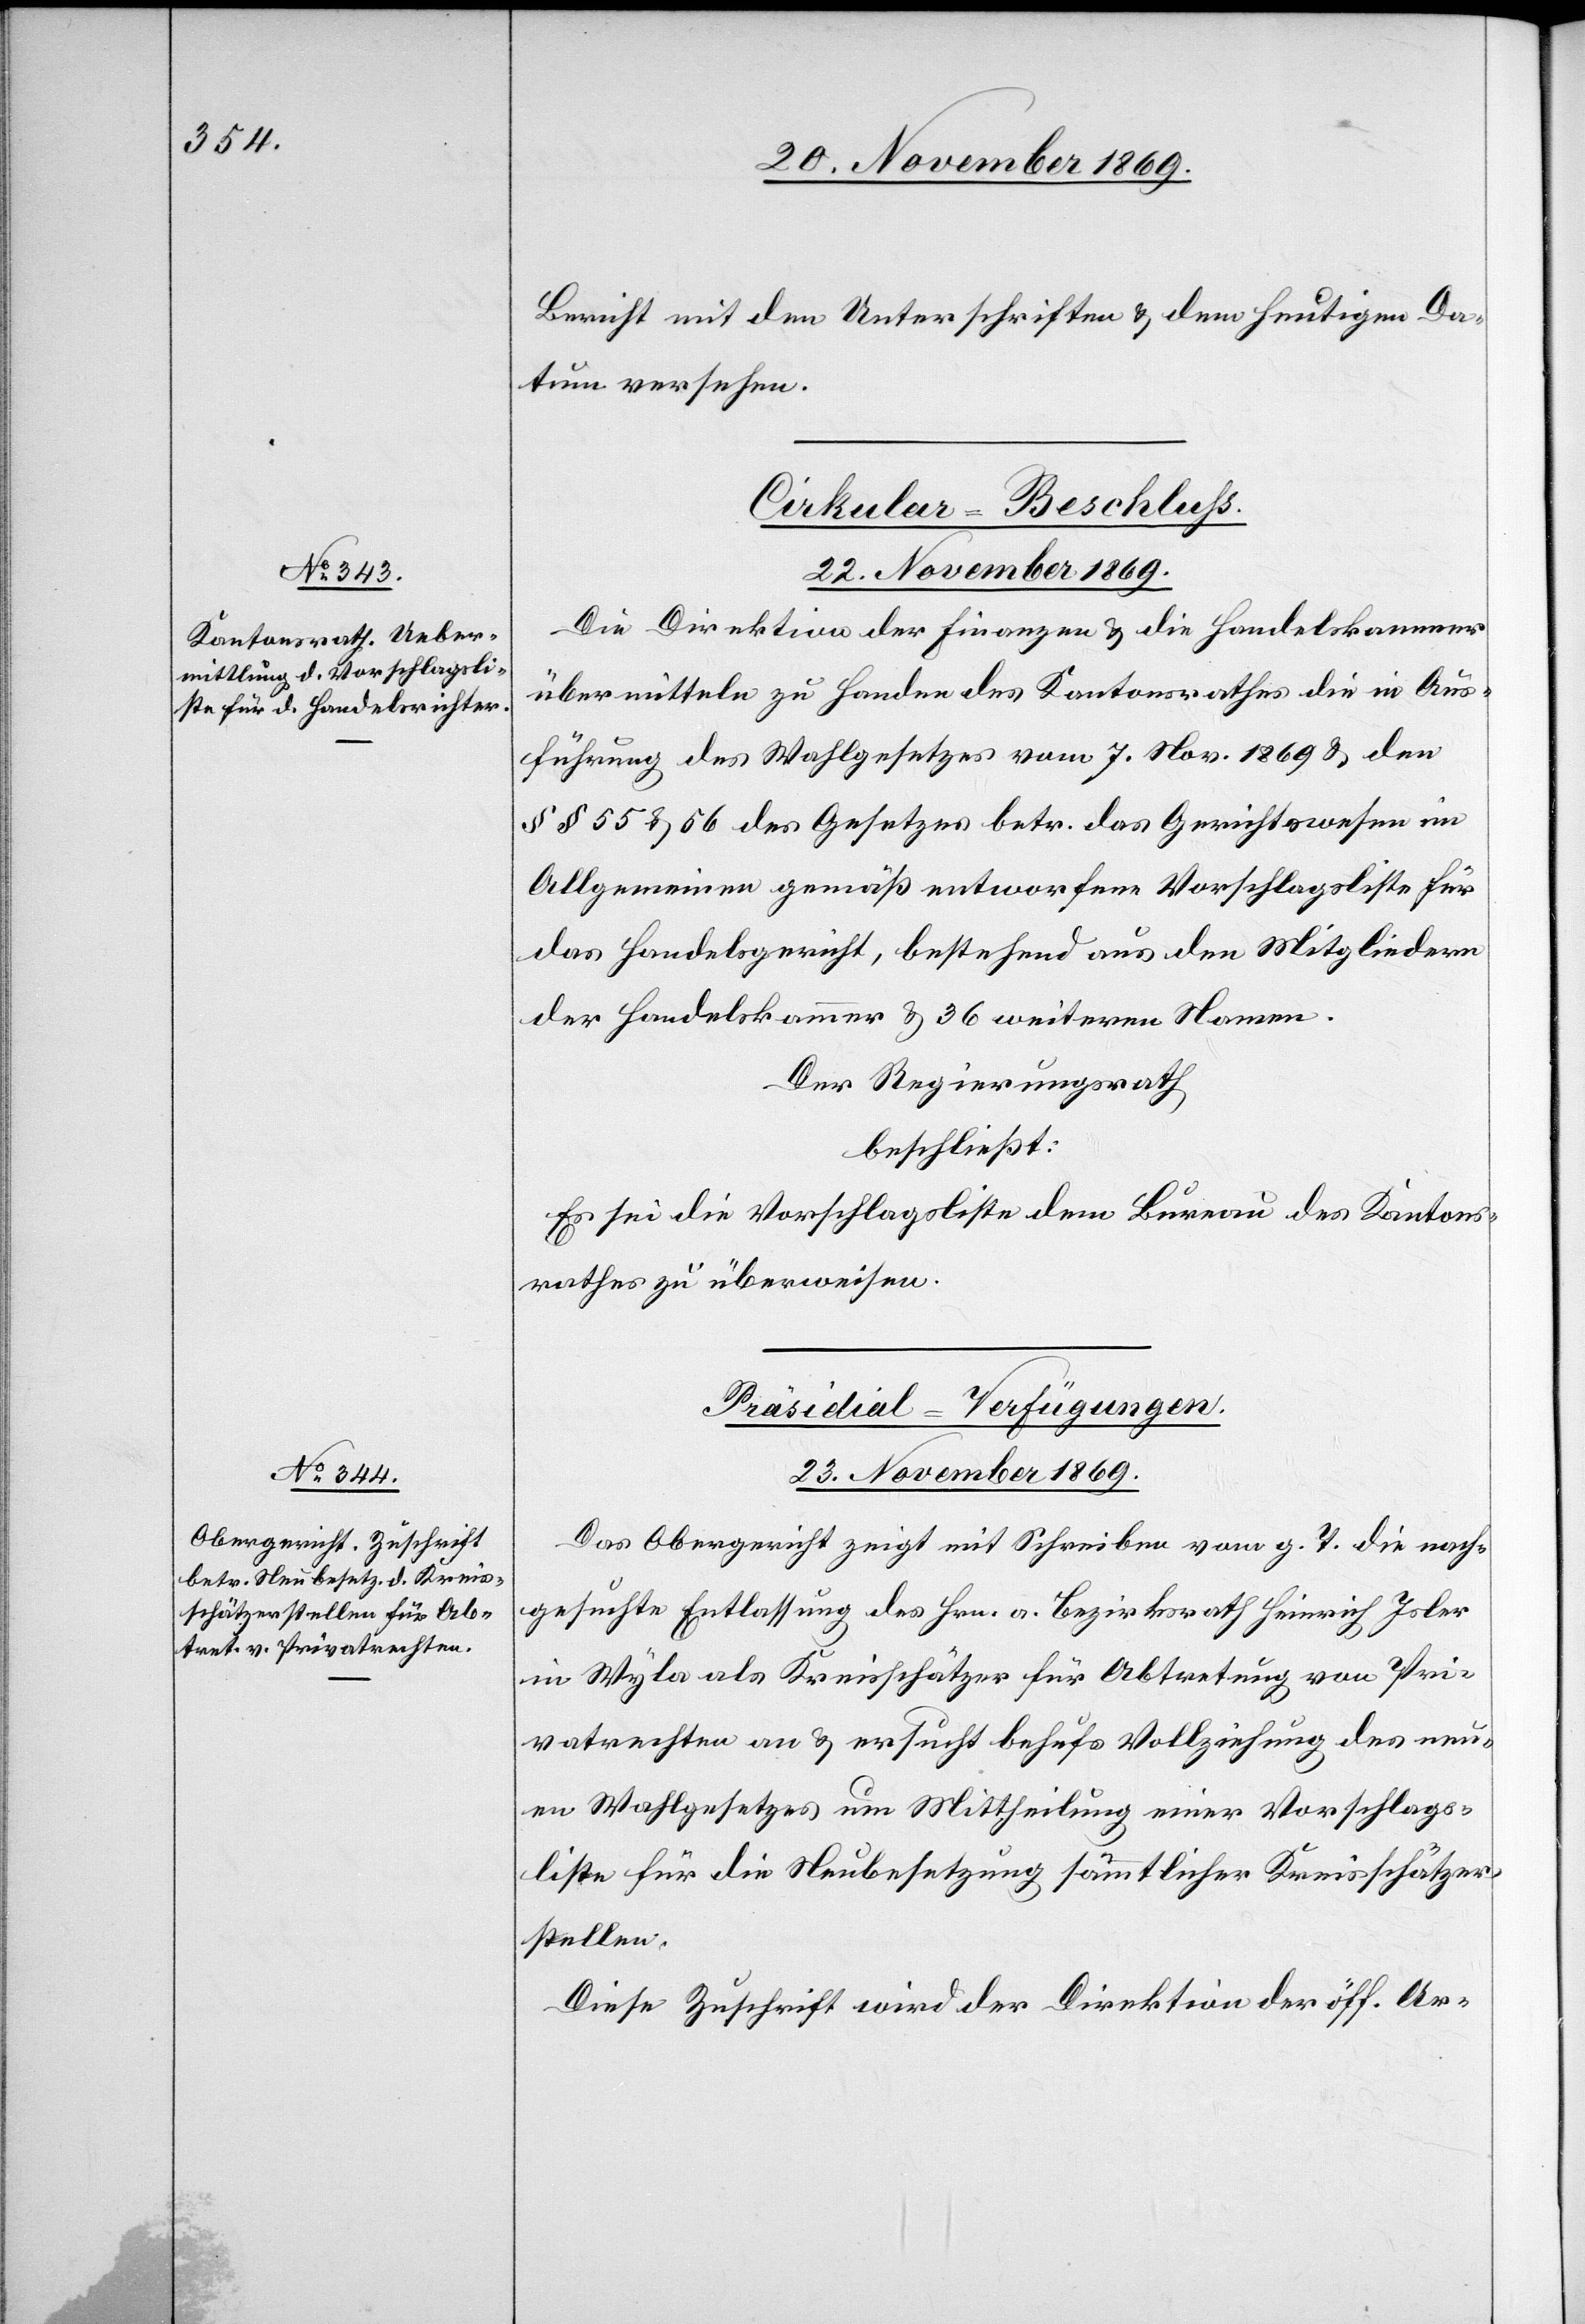
Bericht mit den Unterschriften & dem heutigen Da¬
tum versehen.
Cirkular-Beschluss.
23. November 1869.
Die Direktion der Finanzen & die Handelskammer
übermitteln zu Handen des Kantonsrathes die in Aus¬
führung des Wahlgesetzes vom 7. Nov. 1869 & den
§§ 55 & 56 des Gesetzes betr. das Gerichtswesen im
Allgemeinen gemäß entworfene Vorschlagsliste für
das Handelsgericht, bestehend aus den Mitgliedern
der Handelskammer & 36 weiteren Namen.
Der Regierungsrath
beschließt:
Es sei die Vorschlagsliste dem Bureau des Kantons¬
rathes zu überweisen.
Präsidial-Verfügungen.
Das Obergericht zeigt mit Schreiben vom g. T. die nach¬
gesuchte Entlassung des Hrn. a. Bezirksrath Heinrich Isler
in Wyla als Kreisschätzer für Abtretung von Pri¬
vatrechten an & ersucht behufs Vollziehung des neu¬
en Wahlgesetzes um Mittheilung einer Vorschlags¬
liste für die Neubesetzung sämmtlicher Kreisschätzer¬
stellen.
Diese Zuschrift wird der Direktion der öff. Ar-